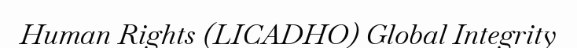
Human Rights (LICADHO) Global Integrity